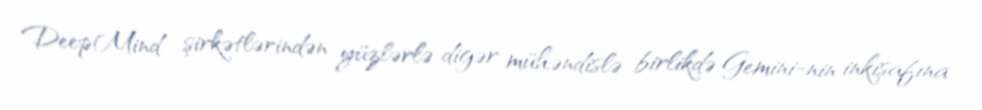
DeepMind şirkətlərindən yüzlərlə digər mühəndislə birlikdə Gemini-nin inkişafına